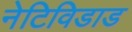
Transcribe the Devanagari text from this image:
नेटिविडाड